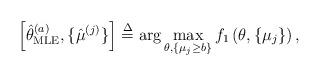
LaTeX: \begin{align*} \left[ {\hat \theta _{{\rm{MLE}}}^{(a)},\{ {{\hat \mu }_{}^{(j)}}\} } \right] \buildrel \Delta \over = \arg \mathop {\max }\limits_{\theta ,\{ {\mu _j} \ge b\} } {f_1}\left( {\theta ,\{ {\mu _j}\} } \right),\end{align*}